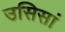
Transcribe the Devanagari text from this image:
उसिसां